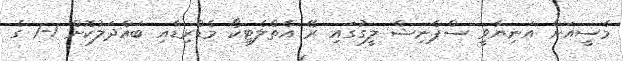
މެސީއަށް އަނިޔާވީ ސްޕެނިޝް ލީގުގައި ރޭ އެތްލެޓިކޯ މެޑްރިޑާއި ބައްދަލުކޮށް 1-1 ގެ